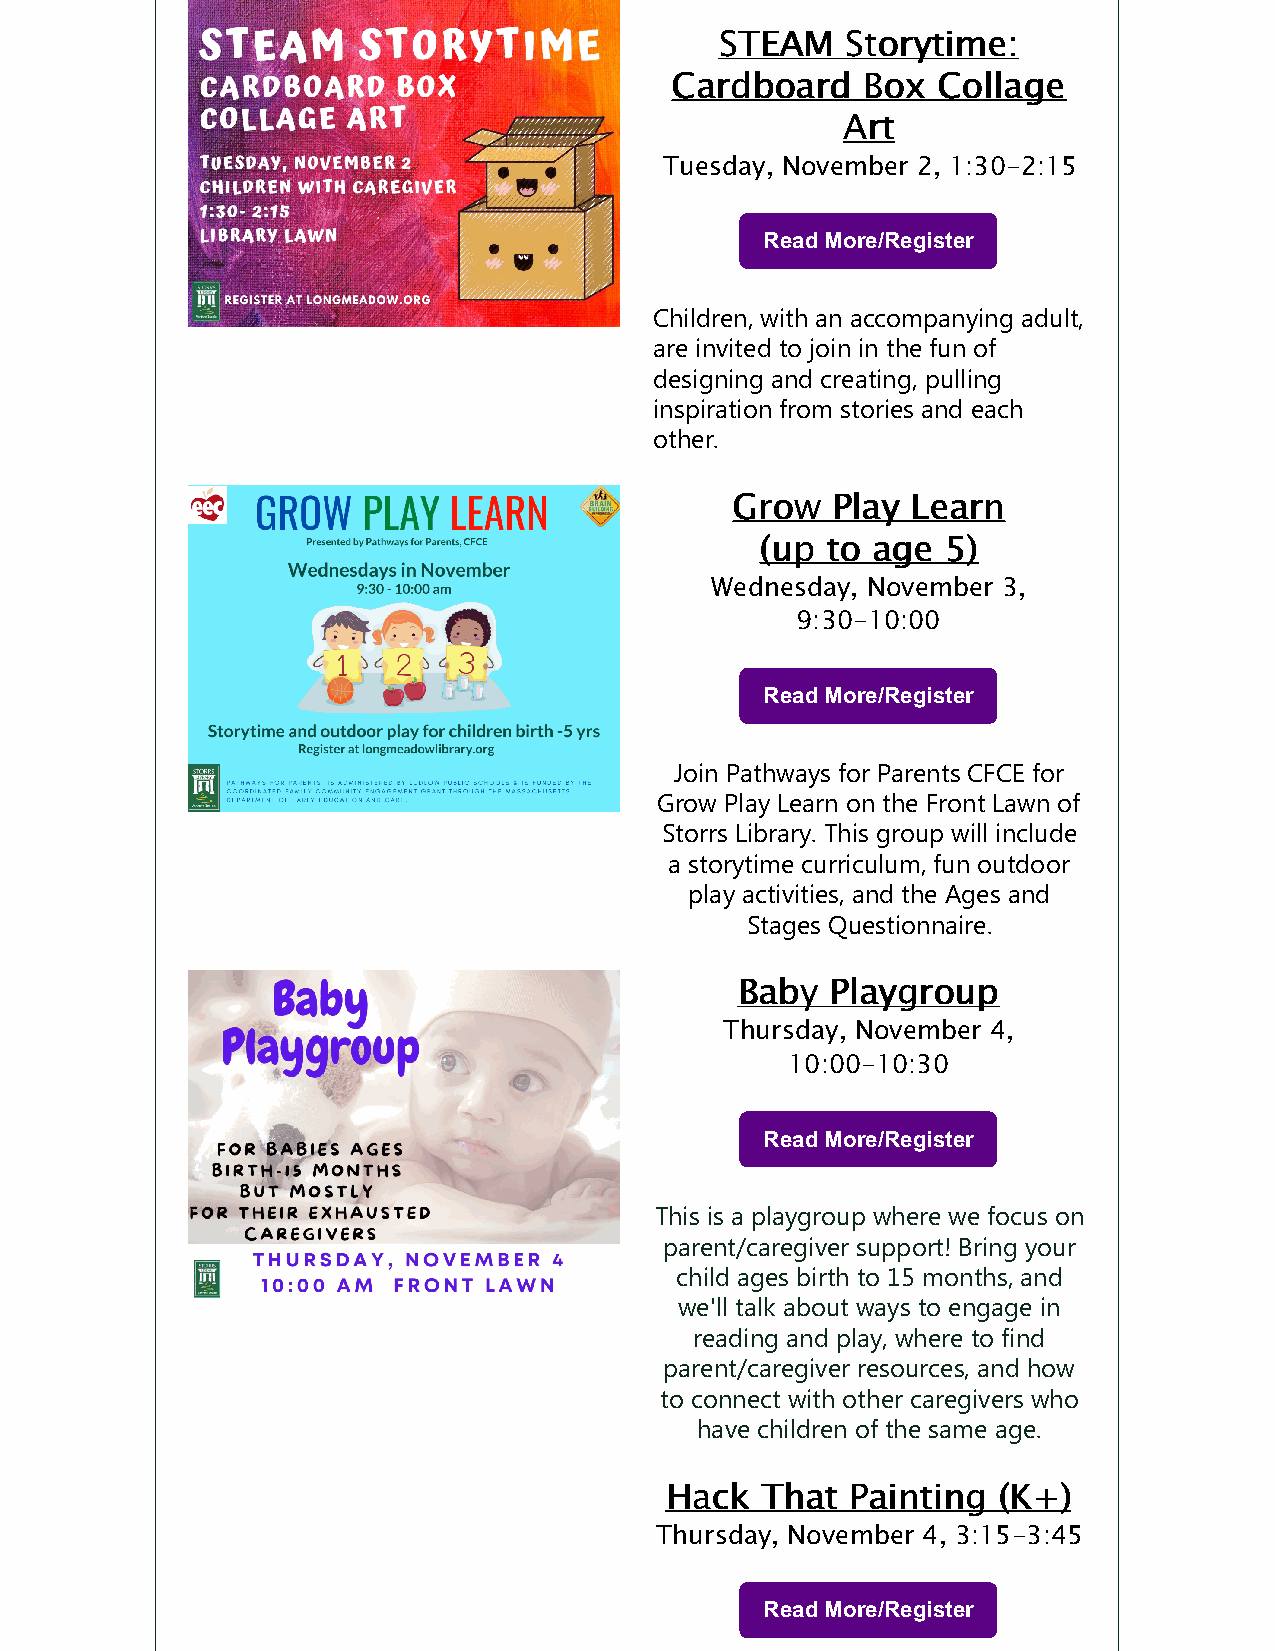
SSTTEEAAMM SSttoorryyttiimmee::
 CCaarrddbbooaarrdd BBooxx CCoollllaaggee
 AArrtt
 Tuesday, November 2, 1:30-2:15
 Read More/Register
 Children, with an accompanying adult,
 are invited to join in the fun of
 designing and creating, pulling
 inspiration from stories and each
 other.
 GGrrooww PPllaayy LLeeaarrnn
 ((uupp ttoo aaggee 55))
 Wednesday, November 3,
 ​9:30-10:00
 Read More/Register
 Join Pathways for Parents CFCE for
 Grow Play Learn on the Front Lawn of
 Storrs Library. This group will include
 a storytime curriculum, fun outdoor
 play activities, and the Ages and
 Stages Questionnaire.
 BBaabbyy PPllaayyggrroouupp
 Thursday, November 4,
 10:00-10:30
 Read More/Register
 This is a playgroup where we focus on
 parent/caregiver support! Bring your
 child ages birth to 15 months, and
 we'll talk about ways to engage in
 reading and play, where to find
 parent/caregiver resources, and how
 to connect with other caregivers who
 have children of the same age.
 HHaacckk TThhaatt PPaaiinnttiinngg ((KK++))
 Thursday, November 4, 3:15-3:45
 Read More/Register